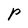
Character: P